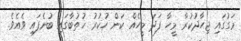
މަގުގައި ޖިހާދުކުރާ މީހާ ފަދަ މީހެއް ކަން ހުކުރު ޚުތުބާގައި ބުނެފައި ވެއެވެ.